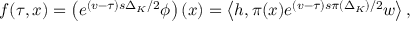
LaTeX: f ( \tau , x ) = \left( e ^ { ( v - \tau ) s \Delta _ { K } / 2 } \phi \right) \left( x \right) = \left\langle h , \pi ( x ) e ^ { ( v - \tau ) s \pi \left( \Delta _ { K } \right) / 2 } w \right\rangle ,